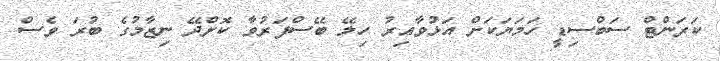
ކަރަންޓް ސަބްސިޑީ ހަމަޔަކަށް އަޅުވާއިރު ހިލޭ ބޭސްފަރުވާ ކޮށްދޭ ނިޒާމުގެ ބުރަ ވެސް